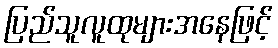
ပြည်သူလူထုများအနေဖြင့်